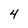
Character: 4